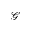
\mathcal { G }